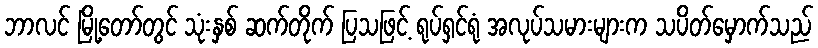
ဘာလင် မြို့တော်တွင် သုံးနှစ် ဆက်တိုက် ပြသဖြင့် ရုပ်ရှင်ရုံ အလုပ်သမားများက သပိတ်မှောက်သည်